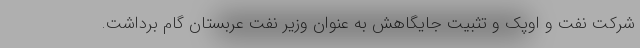
شرکت نفت و اوپک و تثبیت جایگاهش به عنوان وزیر نفت عربستان گام برداشت.